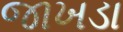
જાખડા